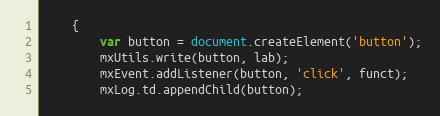
Language: JavaScript
	{
		var button = document.createElement('button');
		mxUtils.write(button, lab);
		mxEvent.addListener(button, 'click', funct);
		mxLog.td.appendChild(button);